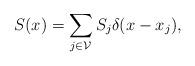
LaTeX: \begin{align*} S(x) = \sum_{j\in\mathcal{V}} S_j \delta(x-x_j),\end{align*}